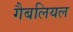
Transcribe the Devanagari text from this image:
गैबलियल